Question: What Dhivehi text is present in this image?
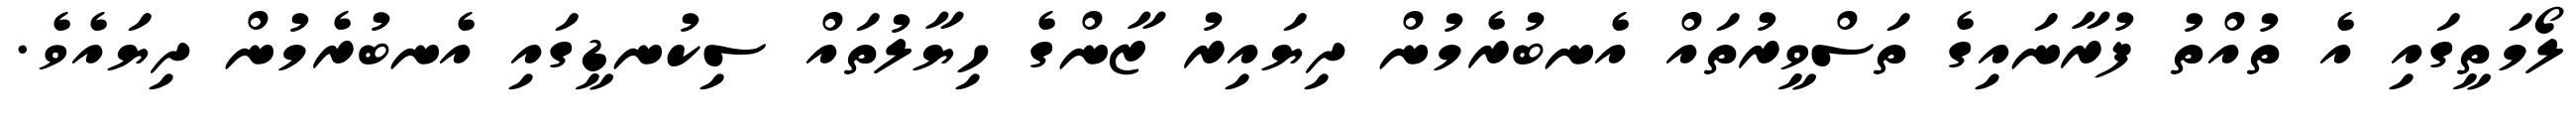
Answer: ލޯމަތީގައި އެ ތުއްތު ފުރާނައިގެ ތަސްވީރުތައް އެނބުރެމުން ދިޔައިރު ޒާންގެ ހިޔާލުތައް ސިކުނޑީގައި އެނބުރެމުން ދިޔައެވެ.